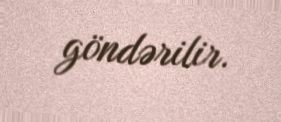
göndərilir.